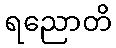
ရညောတိ